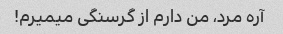
آره مرد، من دارم از گرسنگی میمیرم!